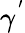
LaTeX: \gamma^{'}